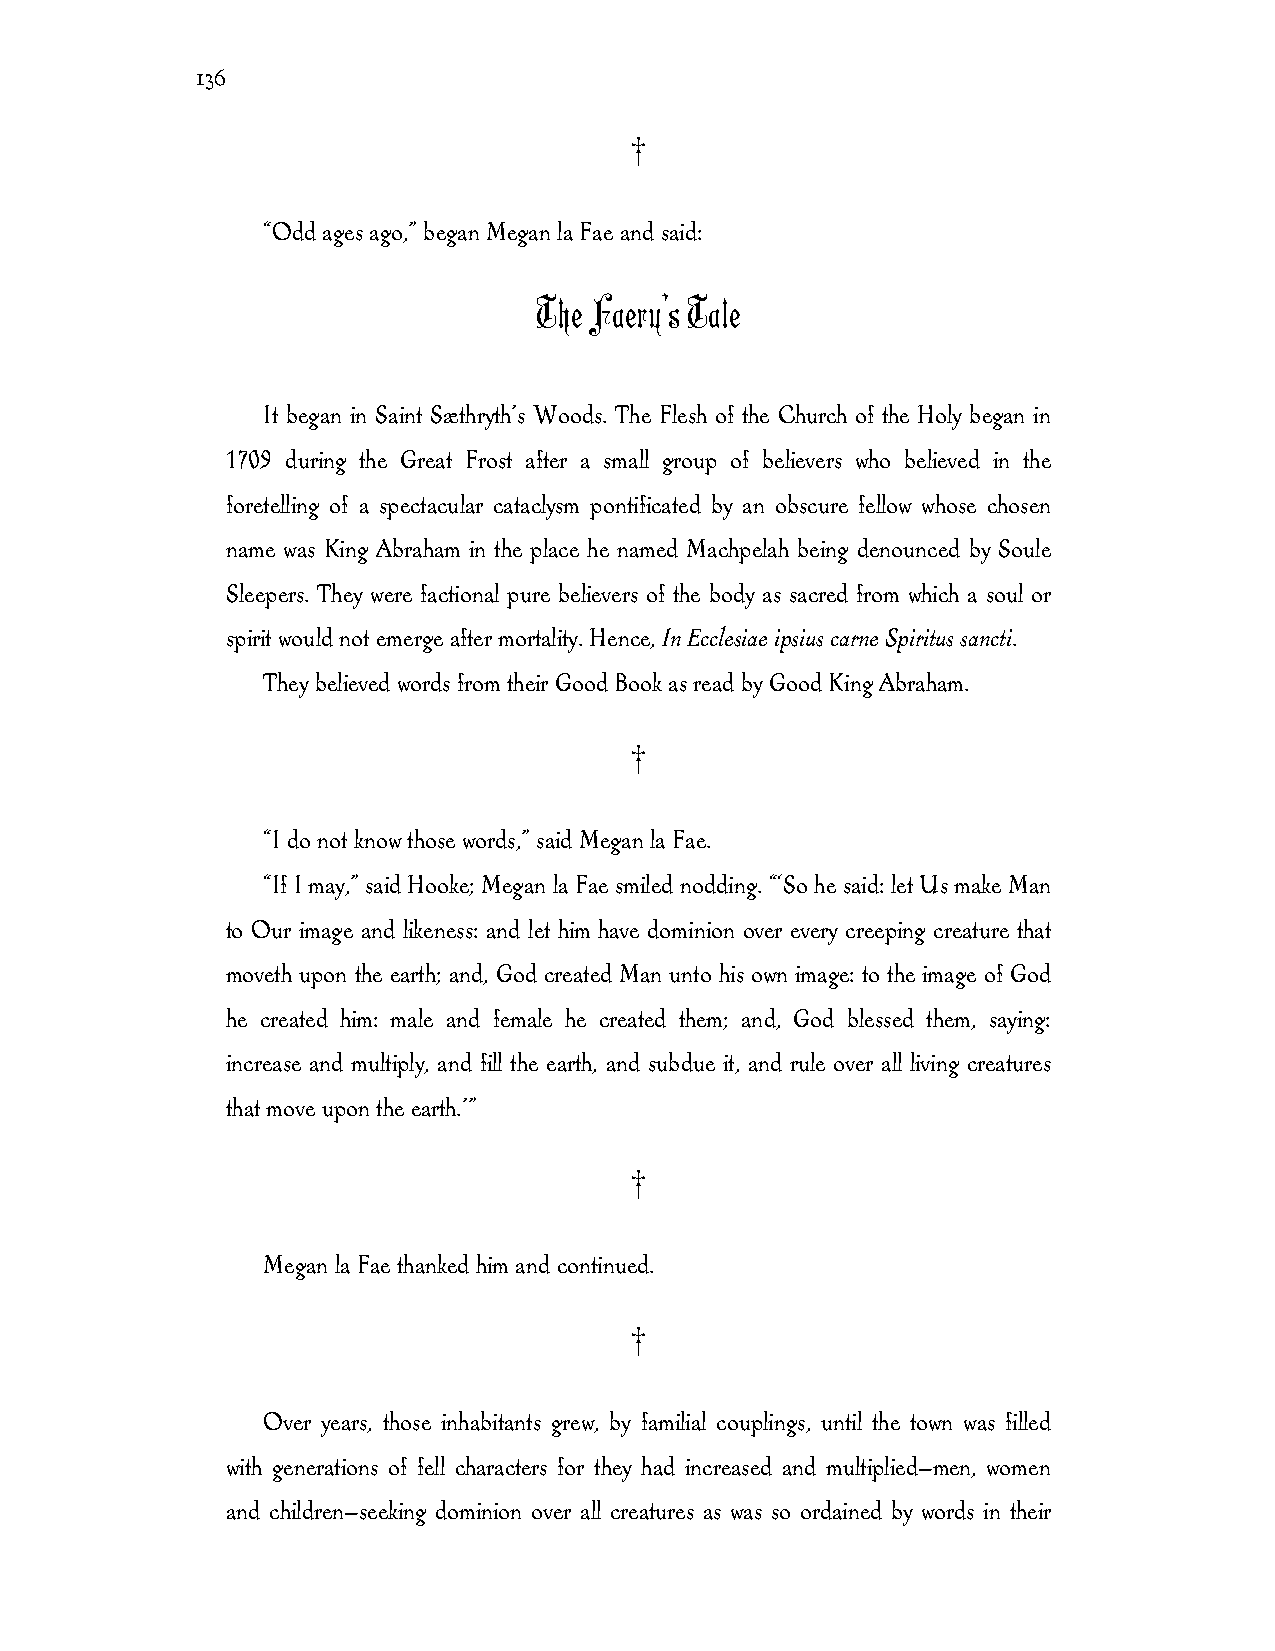
136
 †
 “Odd ages ago,” began Megan la Fae and said:
 The Faery’s Tale
 It began in Saint Sæthryth’s Woods. The Flesh of the Church of the Holy began in
 1709 during the Great Frost after a small group of believers who believed in the
 foretelling of a spectacular cataclysm pontificated by an obscure fellow whose chosen
 name was King Abraham in the place he named Machpelah being denounced by Soule
 Sleepers. They were factional pure believers of the body as sacred from which a soul or
 spirit would not emerge after mortality. Hence, In Ecclesiae ipsius carne Spiritus sancti.
 They believed words from their Good Book as read by Good King Abraham.
 †
 “I do not know those words,” said Megan la Fae.
 “If I may,” said Hooke; Megan la Fae smiled nodding. “‘So he said: let Us make Man
 to Our image and likeness: and let him have dominion over every creeping creature that
 moveth upon the earth; and, God created Man unto his own image: to the image of God
 he created him: male and female he created them; and, God blessed them, saying:
 increase and multiply, and fill the earth, and subdue it, and rule over all living creatures
 that move upon the earth.’”
 †
 Megan la Fae thanked him and continued.
 †
 Over years, those inhabitants grew, by familial couplings, until the town was filled
 with generations of fell characters for they had increased and multiplied—men, women
 and children—seeking dominion over all creatures as was so ordained by words in their